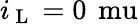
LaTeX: i_{\mathrm{~L~}}=0\, \mathrm{\ mu}